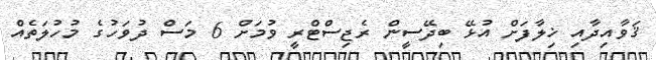
ޤަވާއިދާއި ޚިލާފަށް އުޅޭ ބިދޭސީން ރެޖިސްޓްރީ ވުމަށް 6 މަސް ދުވަހުގެ މުހުލަތެއް